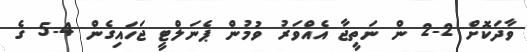
ވާދަކޮށް 2-2 ން ނަތީޖާ އެއްވަރު ވުމުން ޕެނަލްޓީ ޖަހައިގެން 4-5 ގެ